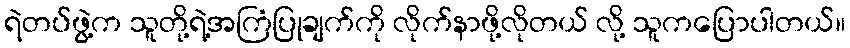
ရဲတပ်ဖွဲ့က သူတို့ရဲ့အကြံပြုချက်ကို လိုက်နာဖို့လိုတယ် လို့ သူကပြောပါတယ်။